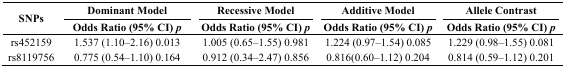
| <ROWSPAN=2> SNPs | Dominant Model | Recessive Model | Additive Model | Allele Contrast |
 | Odds Ratio (95% CI) p | Odds Ratio (95% CI) p | Odds Ratio (95% CI) p | Odds Ratio (95% CI) p |
 | --- | --- | --- | --- | --- |
 | rs452159 | 1.537 (1.10–2.16) 0.013 | 1.005 (0.65–1.55) 0.981 | 1.224 (0.97–1.54) 0.085 | 1.229 (0.98–1.55) 0.081 |
 | rs8119756 | 0.775 (0.54–1.10) 0.164 | 0.912 (0.34–2.47) 0.856 | 0.816(0.60–1.12) 0.204 | 0.814 (0.59–1.12) 0.201 |